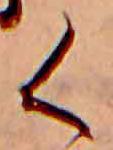
く